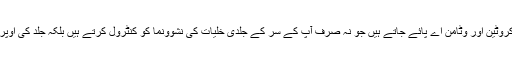
خربوزے خربوزوں میں بھی بیٹا کروٹین اور وٹامن اے پائے جاتے ہیں جو نہ صرف آپ کے سر کے جلدی خلیات کی نشوونما کو کنٹرول کرتے ہیں بلکہ جلد کی اوپری تہہ کی چمک بھی بڑھاتے ہیں۔